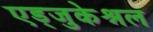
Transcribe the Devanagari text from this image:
एड्जुकेश्नल